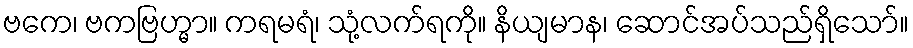
ဗကေ၊ ဗကဗြဟ္မာ။ ကရမရံ၊ သုံ့လက်ရကို။ နိယျမာန၊ ဆောင်အပ်သည်ရှိသော်။